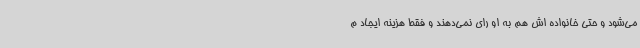
می‌شود و حتی خانواده اش هم به او رای نمی‌دهند و فقط هزینه ایجاد م